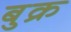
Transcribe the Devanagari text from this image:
बुक्र